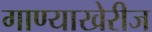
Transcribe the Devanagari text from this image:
गाण्याखेरीज